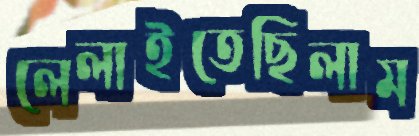
লেলাইতেছিলাম